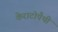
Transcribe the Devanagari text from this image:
केराटोपैथी